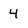
Character: 4